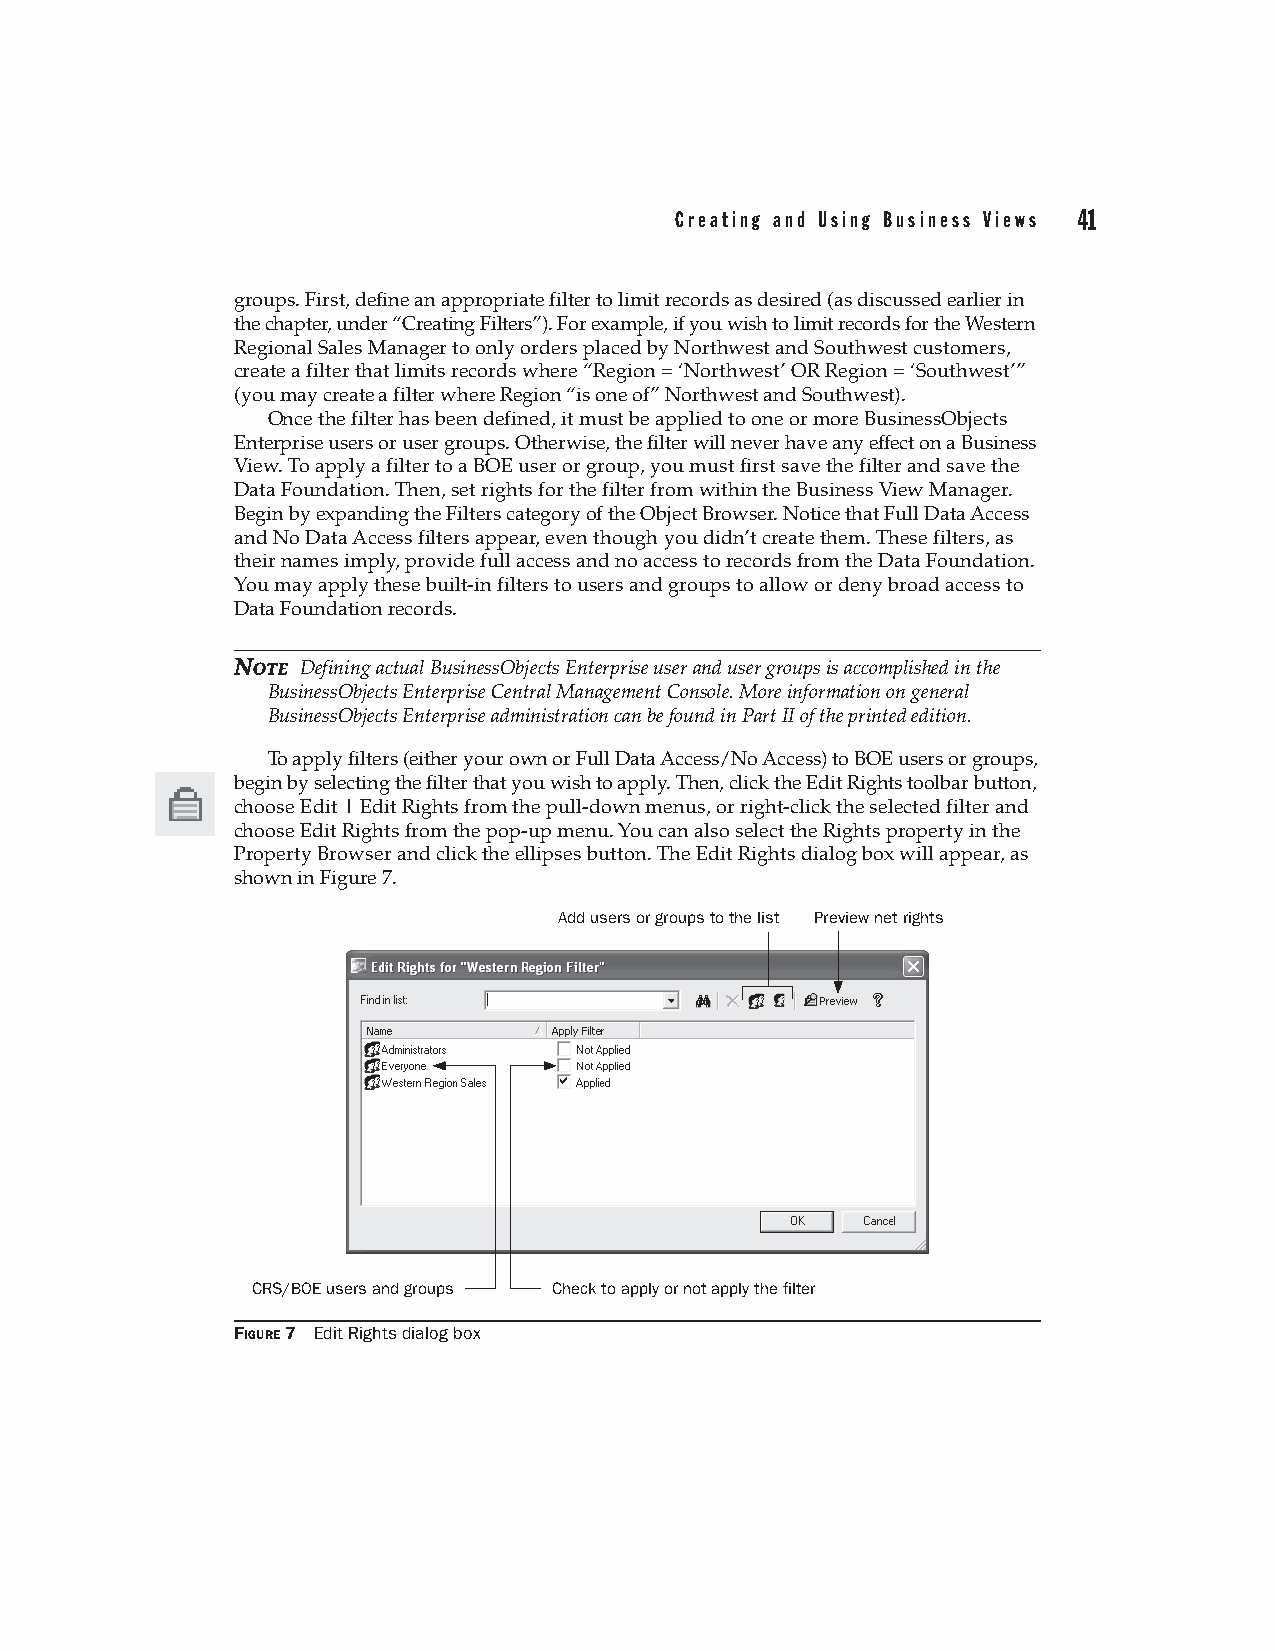
Creating and Using Business Views 41
 groups. First, define an appropriate filter to limit records as desired (as discussed earlier in
 the chapter, under “Creating Filters”). For example, if you wish to limit records for the Western
 Regional Sales Manager to only orders placed by Northwest and Southwest customers,
 create a filter that limits records where “Region = ‘Northwest’ OR Region = ‘Southwest’”
 (you may create a filter where Region “is one of” Northwest and Southwest).
 Once the filter has been defined, it must be applied to one or more BusinessObjects
 Enterprise users or user groups. Otherwise, the filter will never have any effect on a Business
 View. To apply a filter to a BOE user or group, you must first save the filter and save the
 Data Foundation. Then, set rights for the filter from within the Business View Manager.
 Begin by expanding the Filters category of the Object Browser. Notice that Full Data Access
 and No Data Access filters appear, even though you didn’t create them. These filters, as
 their names imply, provide full access and no access to records from the Data Foundation.
 You may apply these built-in filters to users and groups to allow or deny broad access to
 Data Foundation records.
 NNOOTTEE Defining actual BusinessObjects Enterprise user and user groups is accomplished in the
 BusinessObjects Enterprise Central Management Console. More information on general
 BusinessObjects Enterprise administration can be found in Part II of the printed edition.
 To apply filters (either your own or Full Data Access/No Access) to BOE users or groups,
 begin by selecting the filter that you wish to apply. Then, click the Edit Rights toolbar button,
 choose Edit | Edit Rights from the pull-down menus, or right-click the selected filter and
 choose Edit Rights from the pop-up menu. You can also select the Rights property in the
 Property Browser and click the ellipses button. The Edit Rights dialog box will appear, as
 shown in Figure 7.
 Add users or groups to the list Preview net rights
 CRS/BOE users and groups Check to apply or not apply the filter
 FIGURE 7 Edit Rights dialog box